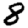
Digit: 8